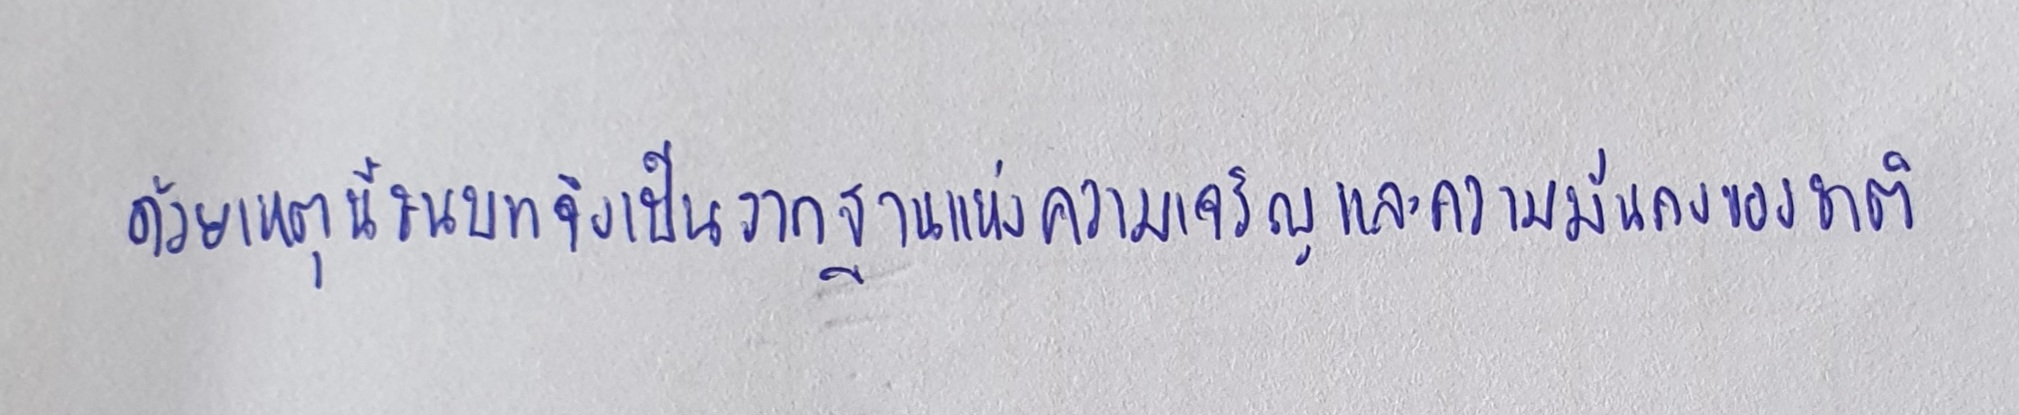
ด้วยเหตุนี้ชนบทจึงเป็นรากฐานแห่งความเจริญและความมั่นคงของชาติ